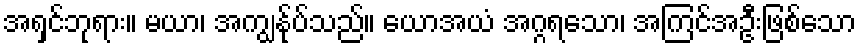
အရှင်ဘုရား။ မယာ၊ အကျွန်ုပ်သည်။ ယောအယံ အဂ္ဂရသော၊ အကြင်အဦးဖြစ်သော